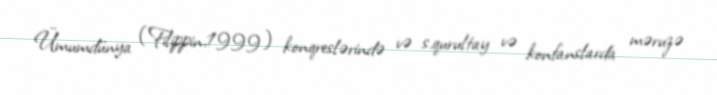
Ümumdünya (Filippin,1999) konqreslərində və s.qurultay və konfanslarda məruzə